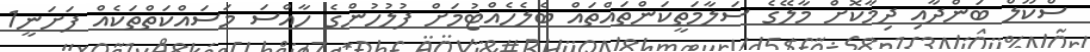
ސްކޫލް ބަންދާއި ދިމާކޮށް މާލޭގެ ސަލާމަތީކަންތައްތައް ބެލެހެއްޓުމަށް ފުލުހުންގެ ހާއްސަ މަސައްކަތްތަކެއް ފަށަނީ1